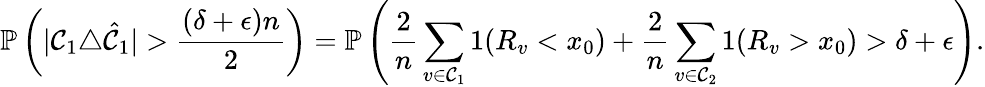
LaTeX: \mathbb{P}\left(|\mathcal{C}_{1}\triangle\hat{\mathcal{C}}_{1}|>\frac{(\delta+\epsilon)n}{2}\right)=\mathbb{P}\left(\frac{2}{n}\sum_{v\in\mathcal{C}_{1}}1(R_{v}<x_{0})+\frac{2}{n}\sum_{v\in\mathcal{C}_{2}}1(R_{v}>x_{0})>\delta+\epsilon\right).